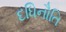
દધિનૌતિ